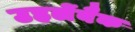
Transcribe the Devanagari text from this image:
उहलेंबैक